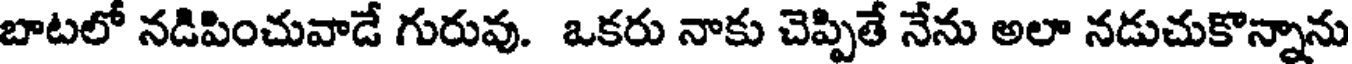
బాటలో నడిపించువాడే గురువు. ఒకరు నాకు చెప్పితే నేను అలా నడుచుకొన్నాను